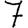
Digit: 7